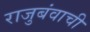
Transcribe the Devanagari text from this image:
राजुबंवाची